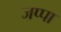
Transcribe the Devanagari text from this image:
जप्पा